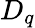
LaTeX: D_{q}